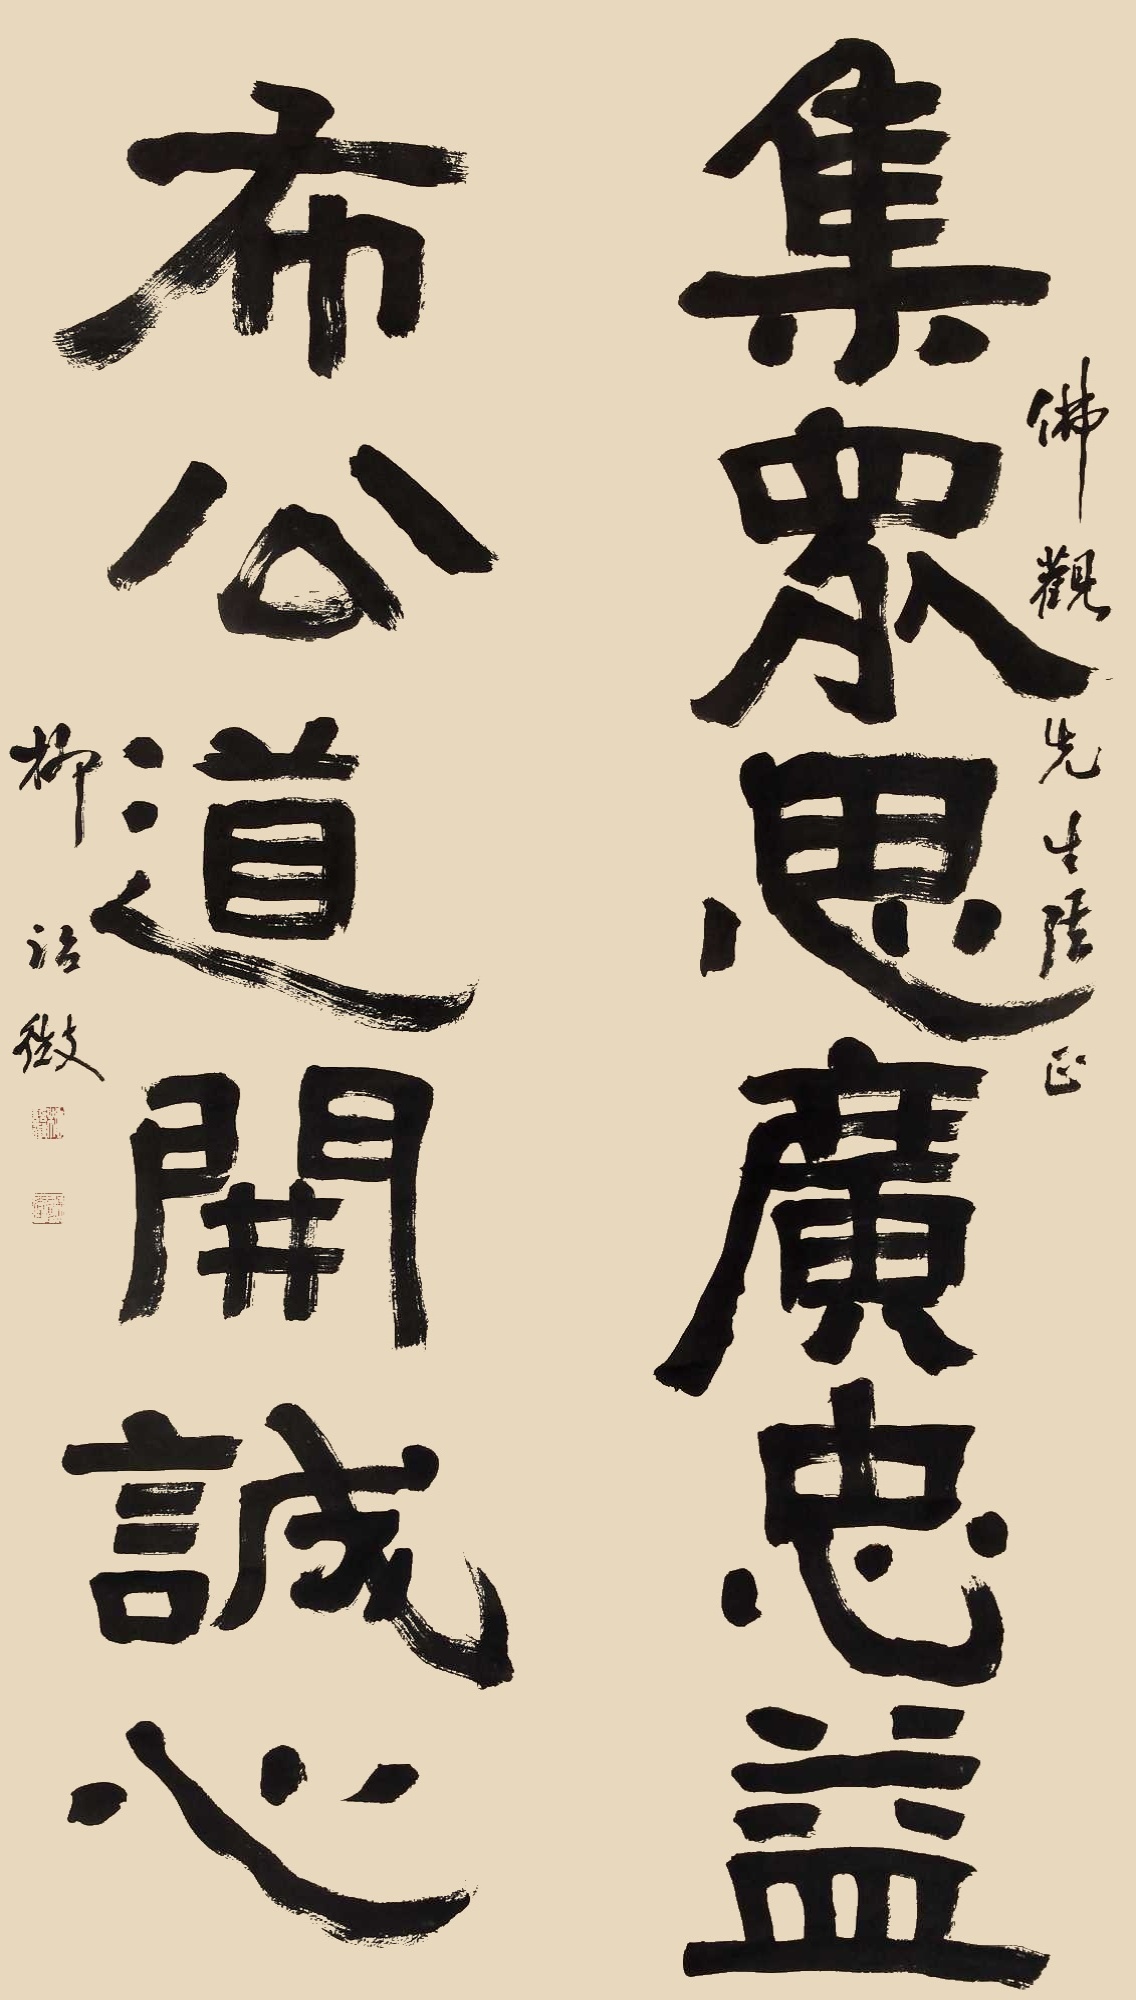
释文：集众思广忠益，布公道开诚心。佛观先生法正，柳治微。